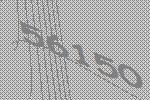
56150